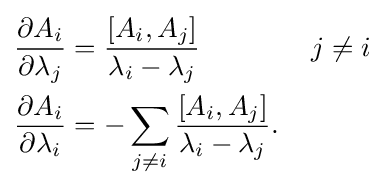
{\begin{aligned}{\frac {\partial A_{i}}{\partial \lambda _{j}}}&={\frac {[A_{i},A_{j}]}{\lambda _{i}-\lambda _{j}}}\qquad \qquad j\neq i\\{\frac {\partial A_{i}}{\partial \lambda _{i}}}&=-\sum _{j\neq i}{\frac {[A_{i},A_{j}]}{\lambda _{i}-\lambda _{j}}}.\end{aligned}}